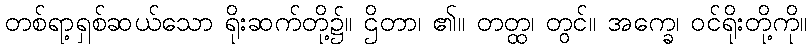
တစ်ရာ့ရှစ်ဆယ်သော ရိုးဆက်တို့၌။ ဌိတာ၊ ၏။ တတ္ထ၊ တွင်။ အက္ခေ၊ ဝင်ရိုးတို့ကို။